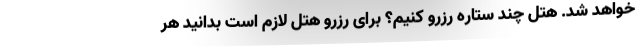
خواهد شد. هتل چند ستاره رزرو کنیم؟ برای رزرو هتل لازم است بدانید هر